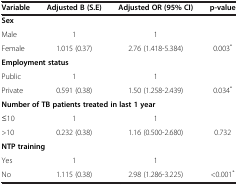
| Variable | Adjusted B (S.E) | Adjusted OR (95% CI) | p-value |
 | --- | --- | --- | --- |
 | <COLSPAN=4> Sex |
 | Male | 1 | 1 |  |
 | Female | 1.015 (0.37) | 2.76 (1.418-5.384) | 0.003* |
 | <COLSPAN=4> Employment status |
 | Public | 1 | 1 |  |
 | Private | 0.591 (0.38) | 1.50 (1.258-2.439) | 0.034* |
 | <COLSPAN=4> Number of TB patients treated in last 1 year |
 | ≤10 | 1 | 1 |  |
 | >10 | 0.232 (0.38) | 1.16 (0.500-2.680) | 0.732 |
 | <COLSPAN=4> NTP training |
 | Yes | 1 | 1 |  |
 | No | 1.115 (0.38) | 2.98 (1.286-3.225) | <0.001* |